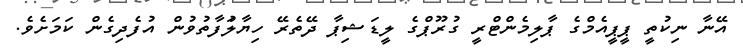
އޭނާ ނިކުތީ ޕީޕީއެމްގެ ޕާލިމެންޓްރީ ގުރޫޕްގެ ލީޑަޝިޕާ ދޭތެރޭ ހިޔާލުަފާތުވުން އުފެދިގެން ކަަމަށެވެ.